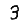
Digit: 3